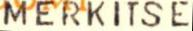
MERKITSE